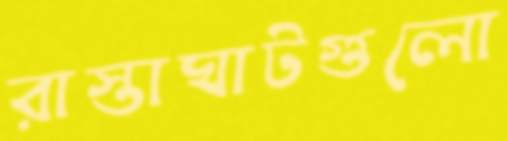
রাস্তাঘাটগুলো